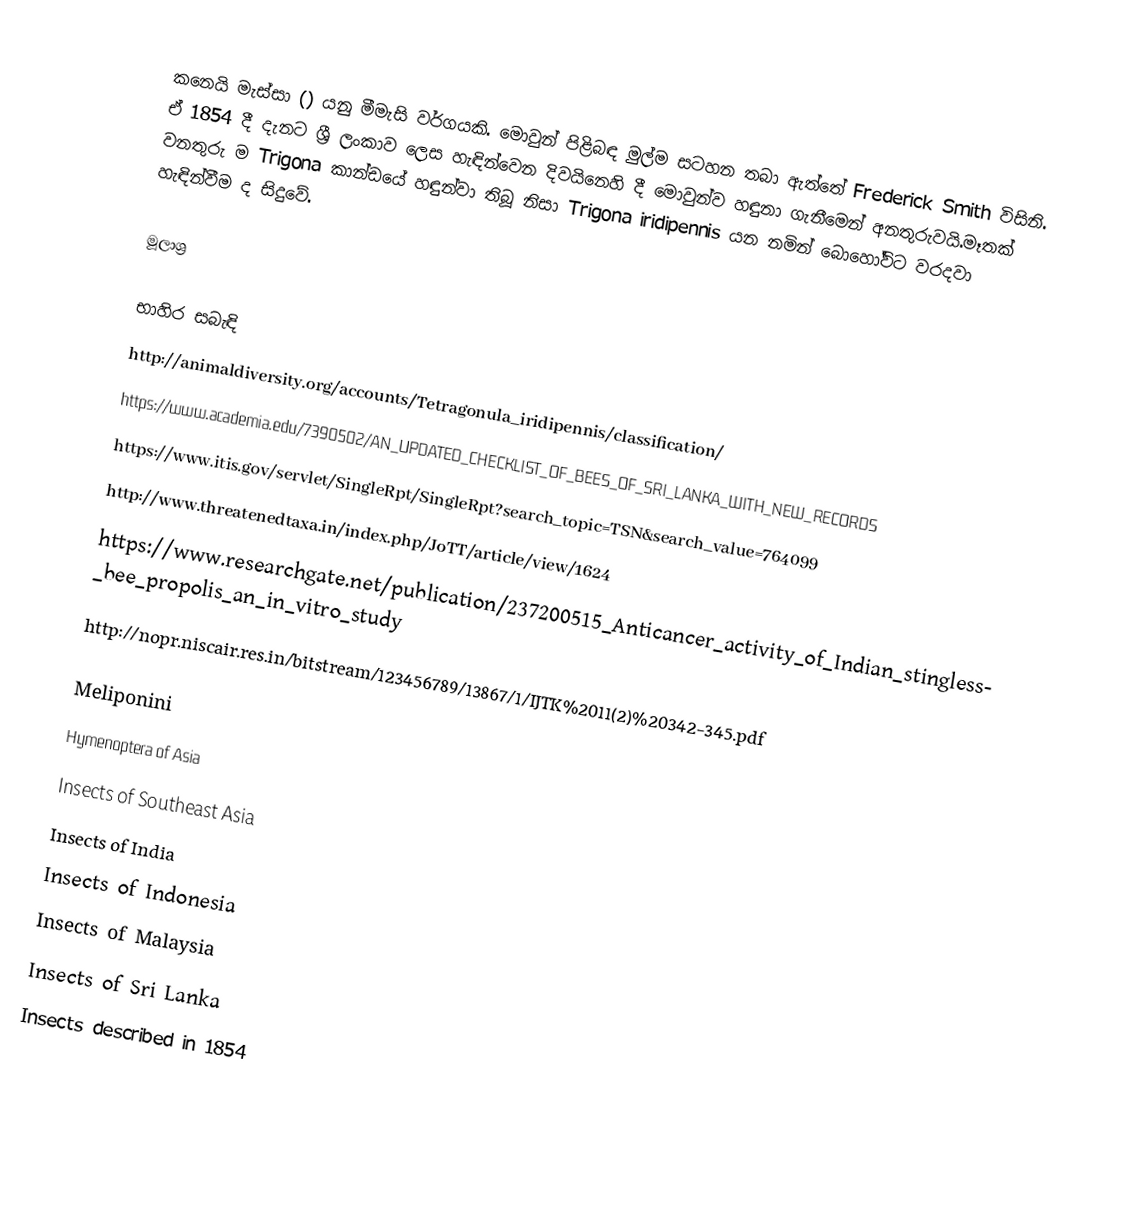
⁣කනෙයි මැස්සා () යනු මීමැසි වර්ගයකි. මොවුන් පිළිබඳ මුල්ම සටහන තබා ඇත්තේ Frederick Smith විසිනි. ඒ 1854 දී දැනට ශ්‍රී ලංකාව ලෙස හැඳින්වෙන දිවයිනෙහි දී මොවුන්ව හඳුනා ගැනීමෙන් අනතුරුවයි.මෑතක් වනතුරු ම Trigona කාන්ඩයේ හඳුන්වා තිබූ නිසා Trigona iridipennis යන නමින් බොහෝවිට වරදවා හැඳින්වීම ද සිදුවේ.

මූලාශ්‍ර

භාහිර සබැඳි
 http://animaldiversity.org/accounts/Tetragonula_iridipennis/classification/
 https://www.academia.edu/7390502/AN_UPDATED_CHECKLIST_OF_BEES_OF_SRI_LANKA_WITH_NEW_RECORDS
 https://www.itis.gov/servlet/SingleRpt/SingleRpt?search_topic=TSN&search_value=764099
 http://www.threatenedtaxa.in/index.php/JoTT/article/view/1624
 https://www.researchgate.net/publication/237200515_Anticancer_activity_of_Indian_stingless_bee_propolis_an_in_vitro_study
 http://nopr.niscair.res.in/bitstream/123456789/13867/1/IJTK%2011(2)%20342-345.pdf

Meliponini
Hymenoptera of Asia
Insects of Southeast Asia
Insects of India
Insects of Indonesia
Insects of Malaysia
Insects of Sri Lanka
Insects described in 1854